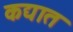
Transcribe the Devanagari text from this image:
कद्यात